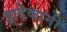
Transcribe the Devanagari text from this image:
ह्रादेकानी